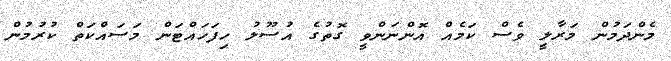
މެންދަމުން މަރާލީ ވެސް ކަމެއް އޮންނަންވީ ގޮތުގެ އުސޫލު ހިފަހައްޓަން މަސައްކަތް ކުރުމުން